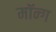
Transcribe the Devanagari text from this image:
मॉन्ग